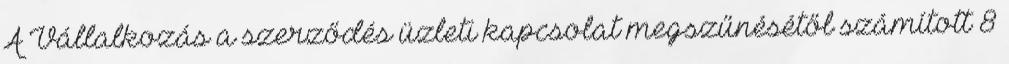
A Vállalkozás a szerződés üzleti kapcsolat megszűnésétől számított 8